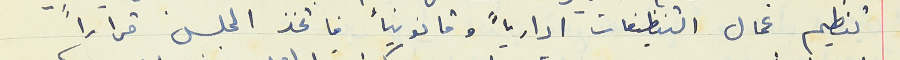
تنظيم عمال التنظيفات ادارياً وقانونياً فاتخذ المجلس قراراً